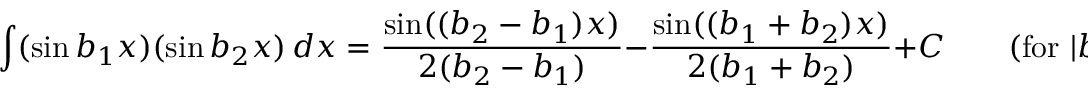
\int ( \sin b _ { 1 } x ) ( \sin b _ { 2 } x ) \, d x = { \frac { \sin ( ( b _ { 2 } - b _ { 1 } ) x ) } { 2 ( b _ { 2 } - b _ { 1 } ) } } - { \frac { \sin ( ( b _ { 1 } + b _ { 2 } ) x ) } { 2 ( b _ { 1 } + b _ { 2 } ) } } + C \qquad { \mathrm { ( f o r ~ } } | b _ { 1 } | \neq | b _ { 2 } | { \mathrm { ) } }